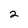
Character: 2